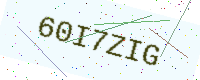
Text: 60I7ZIG